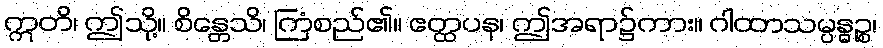
ဣတိ၊ ဤသို့။ စိန္တေသိ၊ ကြံစည်၏။ ဧတ္ထပန၊ ဤအရာ၌ကား။ ဂါထာသမ္ပန္ဓဉ္စ၊